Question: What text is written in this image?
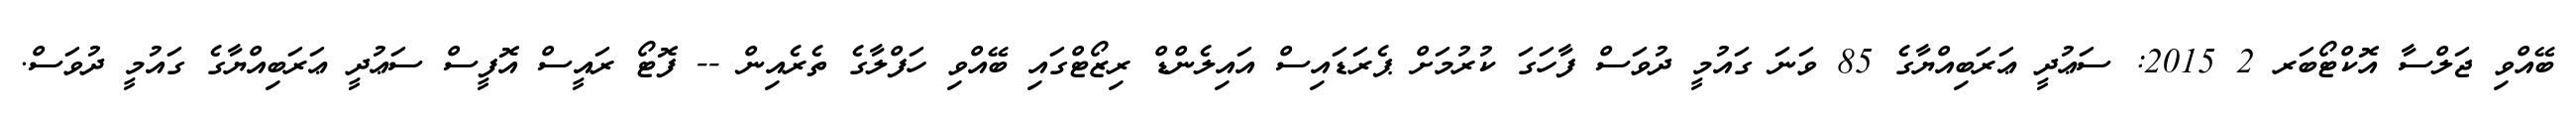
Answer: ބޭއްވި ޖަލްސާ އޮކްޓޯބަރ 2 2015: ސަޢުދީ ޢަރަބިއްޔާގެ 85 ވަނަ ގައުމީ ދުވަސް ފާހަގަ ކުރުމަށް ޕެރަޑައިސް އައިލެންޑް ރިޒޯޓްގައި ބޭއްވި ހަފްލާގެ ތެރެއިން -- ފޮޓޯ ރައީސް އޮފީސް ސަޢުދީ ޢަރަބިއްޔާގެ ގައުމީ ދުވަސް.